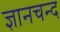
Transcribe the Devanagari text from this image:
ज्ञानचन्द